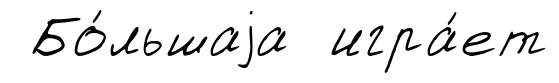
Бо́льшаjа игра́ет